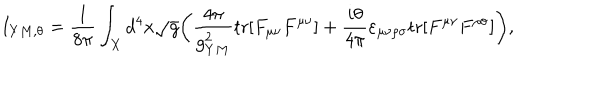
LaTeX: I _ { Y M , \theta } = { \frac { 1 } { 8 \pi } } \int _ { X } d ^ { 4 } x \sqrt { g } \bigg ( { \frac { 4 \pi } { g _ { Y M } ^ { 2 } } } \mathrm { t r } [ F _ { \mu \nu } F ^ { \mu \nu } ] + { \frac { i \theta } { 4 \pi } } \varepsilon _ { \mu \nu \rho \sigma } \mathrm { t r } [ F ^ { \mu \nu } F ^ { \rho \sigma } ] \bigg ) ,